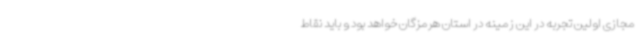
مجازی اولین تجربه در این زمینه در استان هرمزگان خواهد بود و باید نقاط